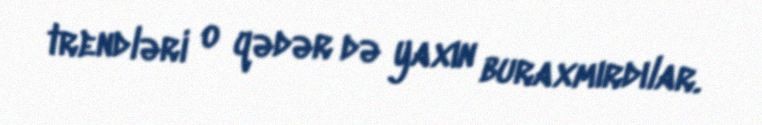
trendləri o qədər də yaxın buraxmırdılar.